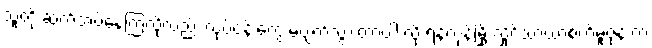
သူတို့ ဆက်အပ်နေကြလို့လည်း လုပ်ငန်းတွေ မပျက်သွားတာပါ လို့ ရန်ကုန်မြို့ လှိုင်သာယာစက်မူဇုန် က